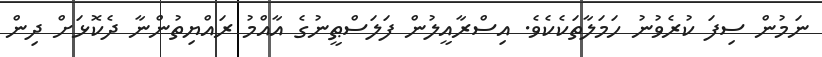
ނަމުން ސިފަ ކުރެވުނު ހަމަލާތަކެކެވެ. އިސްރާއީލުން ފަލަސްޠީނުގެ އާއްމު ރައްޔިތުންނާ ދެކޮޅަށް ދިން